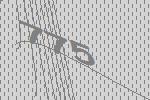
775